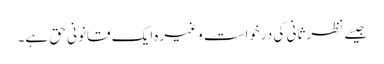
جیسے نظر ثانی کی درخواست وغیرہ ایک قانونی حق ہے۔